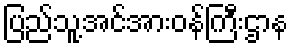
ပြည်သူ့အင်အားဝန်ကြီးဌာန